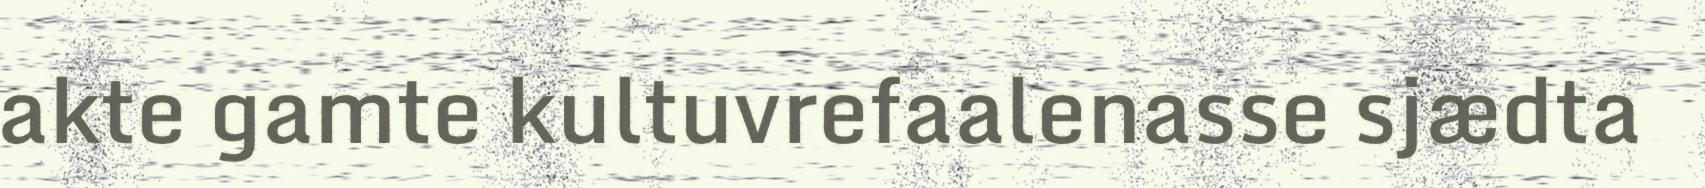
akte gamte kultuvrefaalenasse sjædta